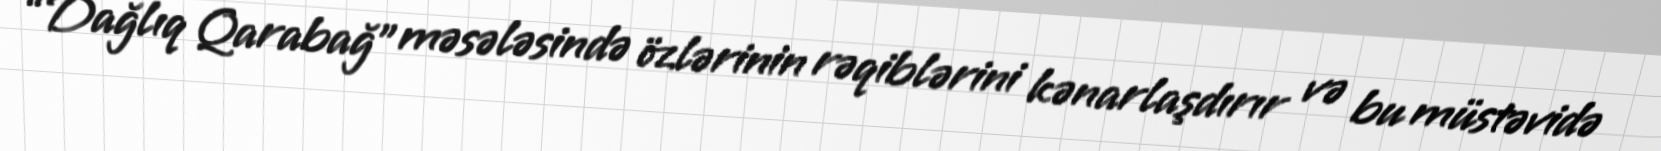
“Dağlıq Qarabağ” məsələsində özlərinin rəqiblərini kənarlaşdırır və bu müstəvidə